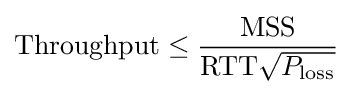
\mathrm {Throughput} \leq {\frac {\mathrm {MSS} }{\mathrm {RTT} {\sqrt {P_{\mathrm {loss} }}}}}